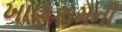
ખાણકામની